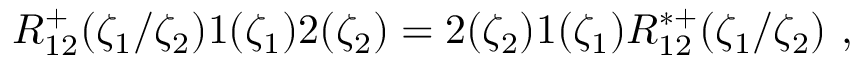
R _ { 1 2 } ^ { + } ( \zeta _ { 1 } / \zeta _ { 2 } ) \L { 1 } ( \zeta _ { 1 } ) \L { 2 } ( \zeta _ { 2 } ) = \L { 2 } ( \zeta _ { 2 } ) \L { 1 } ( \zeta _ { 1 } ) R _ { 1 2 } ^ { * + } ( \zeta _ { 1 } / \zeta _ { 2 } ) ~ ,